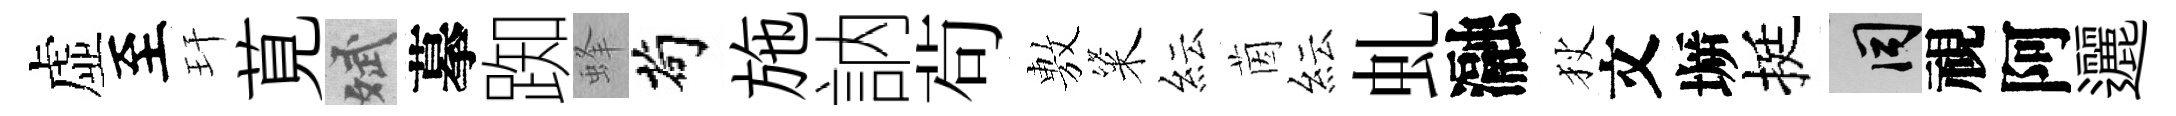
虚至玕莧斌摹踟蜂茍施訥茍𢾾粢紜茵紜虬瀜狄文󶱲挺间視阿邐